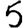
Digit: 5